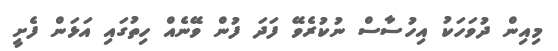
މިއިން ދުވަހަކު އިހުސާސް ނުކުރެވޭ ފަދަ ފުން ވޭނެއް ހިތުގައި އަޅަން ފެށީ